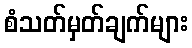
စံသတ်မှတ်ချက်များ